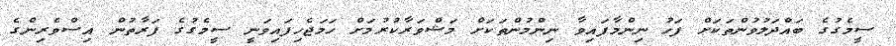
ސީމެގުގެ ބައްދަލުވުންތަކަށް ފަހު ނިންމާފައިވާ ނިންމުންތަކަށް މަޝްވަރާކުރުމަށް ހަމަޖެހިފައިވަނީ ސީމެގުގެ ފަރާތުން އިސްވެރިންގެ